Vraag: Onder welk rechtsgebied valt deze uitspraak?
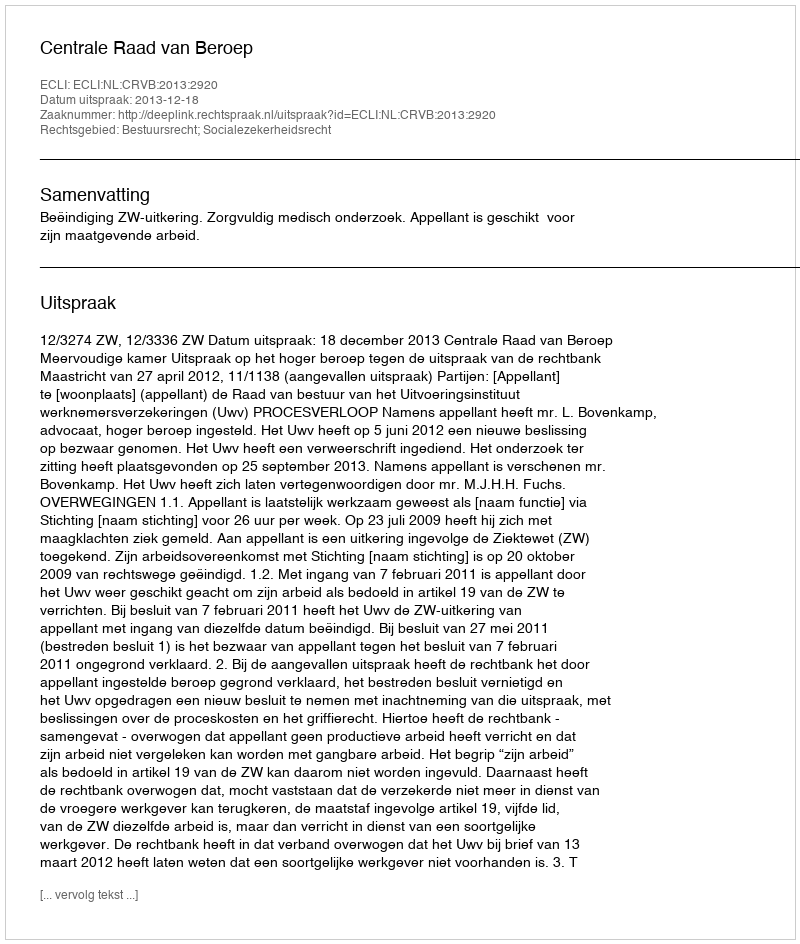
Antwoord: Bestuursrecht; Socialezekerheidsrecht